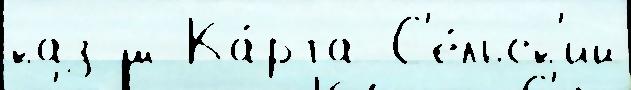
каз ш Ка́рта С'е́льск'ий